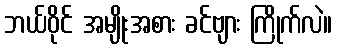
ဘယ်ဝိုင် အမျိုးအစား ခင်ဗျား ကြိုက်လဲ။